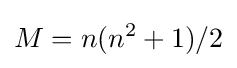
M=n(n^{2}+1)/2